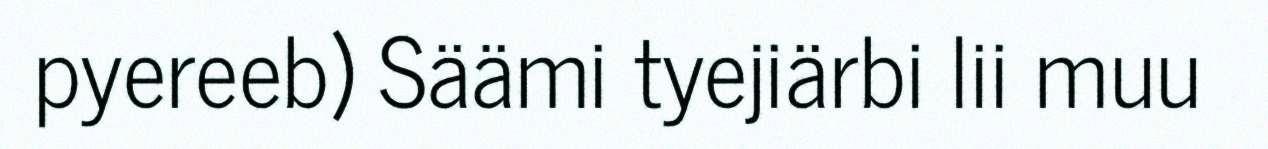
pyereeb) Säämi tyejiärbi lii muu